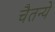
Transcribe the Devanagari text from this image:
चैतन्ये